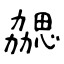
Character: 勰